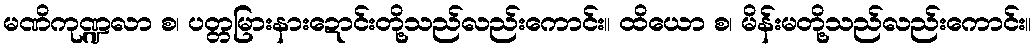
မဏိကုဏ္ဍလာ စ၊ ပတ္တမြားနားဍောင်းတို့သည်လည်းကောင်း။ ထိယော စ၊ မိန်းမတို့သည်လည်းကောင်း။